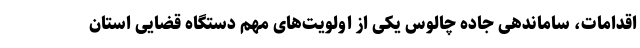
اقدامات، ساماندهی جاده چالوس یکی از اولویت‌های مهم دستگاه قضایی استان